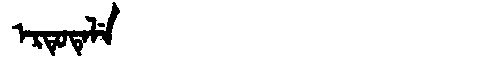
Manchu: ᡝᡵᡨᡠᡨᡝᠯᡝ
Romanization: ERTUTELE